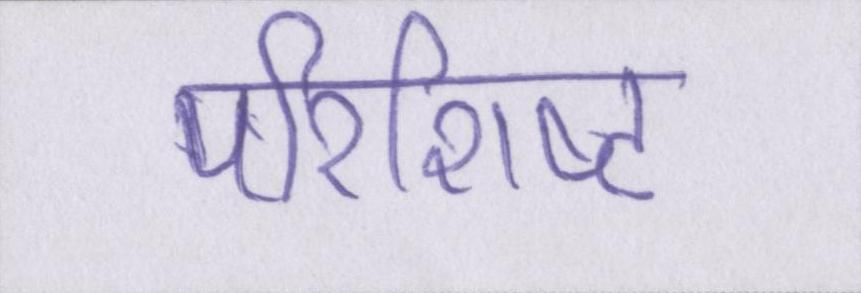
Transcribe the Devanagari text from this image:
परिशिष्ट